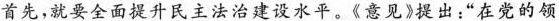
首先，就要全面提升民主法治建设水平。\ll 意见\gg 提出：”在党的领